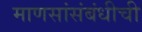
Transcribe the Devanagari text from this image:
माणसांसंबंधीची